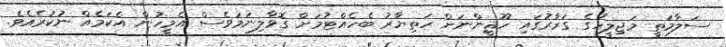
ސަލާމަތީ މަޖިލީހުގެ ގަރާރުގައި ހޫޘީންނަށް ހަތިޔާރު ބެހެއްޓުމަށް ގޮވާލިނަމަވެސް އެމީހުން އެކަމެއް ނުކުރެއެވެ.